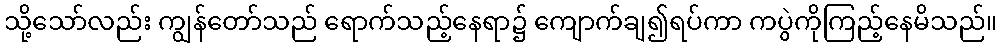
သို့သော်လည်း ကျွန်တော်သည် ရောက်သည့်နေရာ၌ ကျောက်ချ၍ရပ်ကာ ကပွဲကိုကြည့်နေမိသည်။